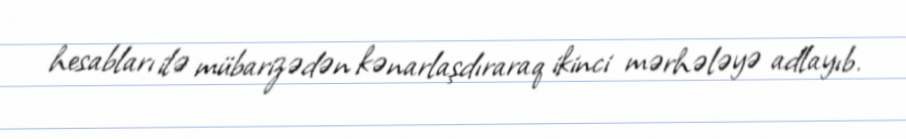
hesabları ilə mübarizədən kənarlaşdıraraq ikinci mərhələyə adlayıb.